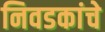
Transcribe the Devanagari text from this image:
निवडकांचे